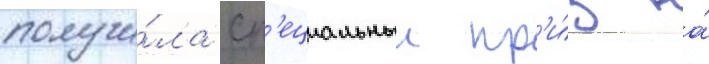
получи́ла сп'ециальныи пр'и́з на́